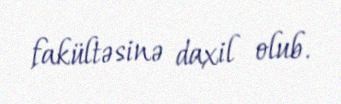
fakültəsinə daxil olub.